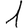
Digit: 1